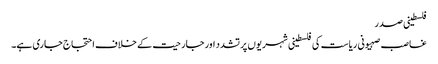
فلسطینی صدر
غاصب صہیونی ریاست کی فلسطینی شہریوں پر تشدد اور جارحیت کے خلاف احتجاج جاری ہے۔